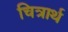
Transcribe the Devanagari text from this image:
चित्रार्थ